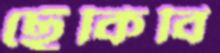
ছেঁকিবি